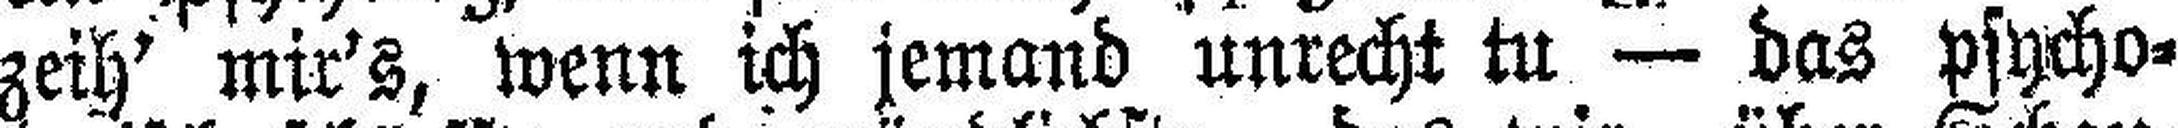
zeih’ mir’s, wenn ich jemand unrecht tu — das psycho¬